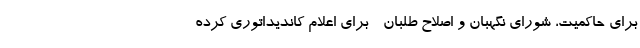
برای حاکمیت، شورای نگهبان و اصلاح طلبان - برای اعلام کاندیداتوری کرده